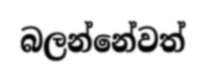
බලන්නේවත්